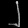
Digit: ၂